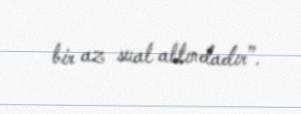
bir az sual altındadır”.